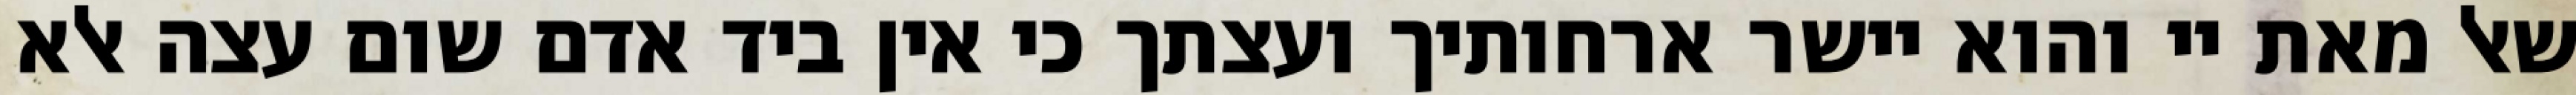
שאל מאת יי והוא יישר ארחותיך ועצתך כי אין ביד אדם שום עצה אלא